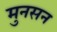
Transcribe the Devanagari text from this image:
मुनसन